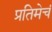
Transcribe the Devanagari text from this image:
प्रतिमेचं